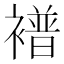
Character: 𫌑